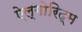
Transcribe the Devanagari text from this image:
ऐल्गोरिद्म